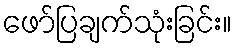
ဖော်ပြချက်သုံးခြင်း။